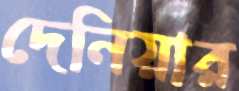
দেনিয়ার